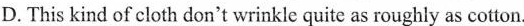
D. This kind of cloth don't wrinkle quite as roughly as cotton.